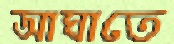
আঘাতে